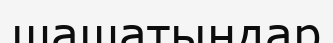
шашатындар